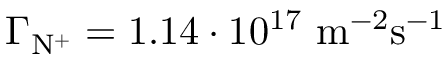
\Gamma _ { \mathrm { N ^ { + } } } = 1 . 1 4 \cdot 1 0 ^ { 1 7 } ~ \mathrm { m } ^ { - 2 } \mathrm { s } ^ { - 1 }